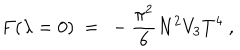
LaTeX: { } F ( \lambda = 0 ) ~ = ~ - \frac { \pi ^ { 2 } } { 6 } N ^ { 2 } V _ { 3 } T ^ { 4 } \ ,